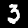
Label: 3